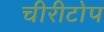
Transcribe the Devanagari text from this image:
चीरीटोप